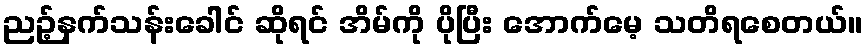
ညဉ့်နက်သန်းခေါင် ဆိုရင် အိမ်ကို ပိုပြီး အောက်မေ့ သတိရစေတယ်။